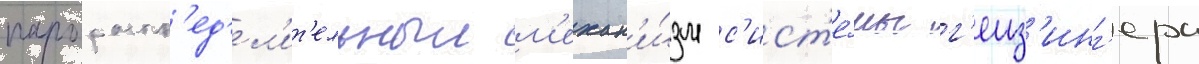
парораспр'ед'ел'ит'ельныи м'ехан'и́зм с'ист'е́мы г'еиз'инг'ера